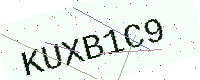
Text: KUXB1C9